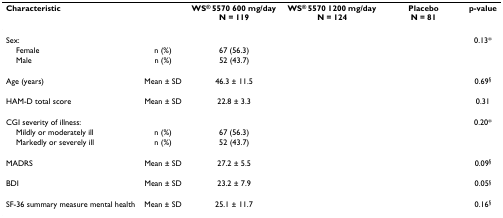
<table><thead><tr><td><b>Characteristic</b></td><td>[EMPTY_CELL]</td><td><b>WS<sup>® </sup>5570 600 mg/day N = 119</b></td><td><b>WS<sup>® </sup>5570 1200 mg/day N = 124</b></td><td><b>Placebo N = 81</b></td><td><b>p-value</b></td></tr></thead><tbody><tr><td>Sex:</td><td>[EMPTY_CELL]</td><td>[EMPTY_CELL]</td><td>[EMPTY_CELL]</td><td>[EMPTY_CELL]</td><td>0.13*</td></tr><tr><td> Female</td><td>n (%)</td><td>67 (56.3)</td><td>[EMPTY_CELL]</td><td>[EMPTY_CELL]</td><td>[EMPTY_CELL]</td></tr><tr><td> Male</td><td>n (%)</td><td>52 (43.7)</td><td>[EMPTY_CELL]</td><td>[EMPTY_CELL]</td><td>[EMPTY_CELL]</td></tr><tr><td>Age (years)</td><td>Mean ± SD</td><td>46.3 ± 11.5</td><td>[EMPTY_CELL]</td><td>[EMPTY_CELL]</td><td>0.69<sup>§</sup></td></tr><tr><td>HAM-D total score</td><td>Mean ± SD</td><td>22.8 ± 3.3</td><td>[EMPTY_CELL]</td><td>[EMPTY_CELL]</td><td>0.31</td></tr><tr><td>CGI severity of illness:</td><td>[EMPTY_CELL]</td><td>[EMPTY_CELL]</td><td>[EMPTY_CELL]</td><td>[EMPTY_CELL]</td><td>0.20*</td></tr><tr><td> Mildly or moderately ill</td><td>n (%)</td><td>67 (56.3)</td><td>[EMPTY_CELL]</td><td>[EMPTY_CELL]</td><td>[EMPTY_CELL]</td></tr><tr><td> Markedly or severely ill</td><td>n (%)</td><td>52 (43.7)</td><td>[EMPTY_CELL]</td><td>[EMPTY_CELL]</td><td>[EMPTY_CELL]</td></tr><tr><td>MADRS</td><td>Mean ± SD</td><td>27.2 ± 5.5</td><td>[EMPTY_CELL]</td><td>[EMPTY_CELL]</td><td>0.09<sup>§</sup></td></tr><tr><td>BDI</td><td>Mean ± SD</td><td>23.2 ± 7.9</td><td>[EMPTY_CELL]</td><td>[EMPTY_CELL]</td><td>0.05<sup>§</sup></td></tr><tr><td>SF-36 summary measure mental health</td><td>Mean ± SD</td><td>25.1 ± 11.7</td><td>[EMPTY_CELL]</td><td>[EMPTY_CELL]</td><td>0.16<sup>§</sup></td></tr></tbody></table>